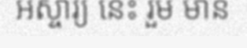
អស្ចារ្យ នេះ រួម មាន